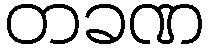
တခဏ